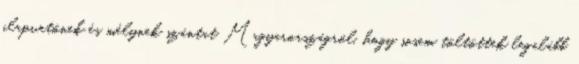
alapvetőnek és mélynek szántat Magyarországról, hogy sosem töltöttek legalább